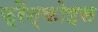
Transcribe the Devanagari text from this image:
फ्रैन्कोइस